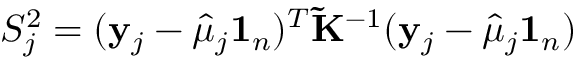
S _ { j } ^ { 2 } = ( \mathbf y _ { j } - \hat { \mu } _ { j } \mathbf 1 _ { n } ) ^ { T } \mathbf { \tilde { K } } ^ { - 1 } ( \mathbf y _ { j } - \hat { \mu } _ { j } \mathbf 1 _ { n } )